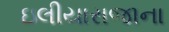
ઇલીયારાજાના